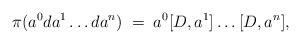
LaTeX: \begin{align*}\pi(a^0 da^1 \ldots da^n) \; = \; a^0 [D,a^1] \ldots [D,a^n],\end{align*}